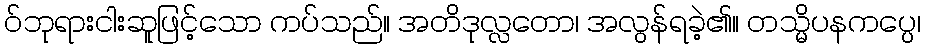
ဝ်ဘုရားငါးဆူဖြင့်သော ကပ်သည်။ အတိဒုလ္လတော၊ အလွန်ရခဲ့၏။ တသ္မိပနကပ္ပေ၊